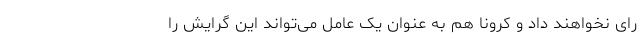
رای نخواهند داد و کرونا هم به عنوان یک عامل می‌تواند این گرایش را